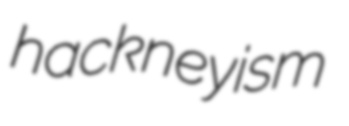
hackneyism